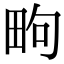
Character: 㽛